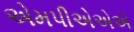
એમપીએએએ